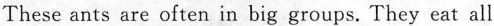
These ants are often in big groups.They eat all